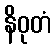
နိဝုတံ